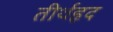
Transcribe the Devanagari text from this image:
तीर्थहृद